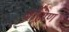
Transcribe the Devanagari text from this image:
ब्रह्मिण